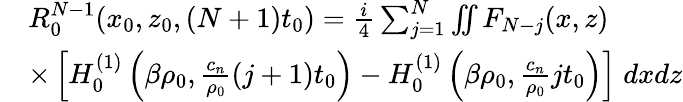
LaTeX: \begin{array}{rl}&{R_{0}^{N-1}(x_{0},z_{0},(N+1)t_{0})=\frac{i}{4}\sum_{j=1}^{N}\iint F_{N-j}(x,z)}\\ &{\times\left[H_{0}^{(1)}\left(\beta\rho_{0},\frac{c_{n}}{\rho_{0}}(j+1)t_{0}\right)-H_{0}^{(1)}\left(\beta\rho_{0},\frac{c_{n}}{\rho_{0}}jt_{0}\right)\right]\; dxdz}\end{array}